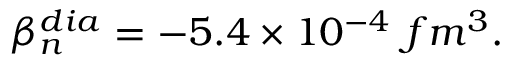
\beta _ { n } ^ { d i a } = - 5 . 4 \times 1 0 ^ { - 4 } ~ f m ^ { 3 } .